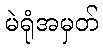
မဲရုံအမှတ်